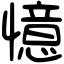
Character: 憶